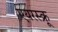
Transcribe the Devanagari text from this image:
एयरस्क्रू